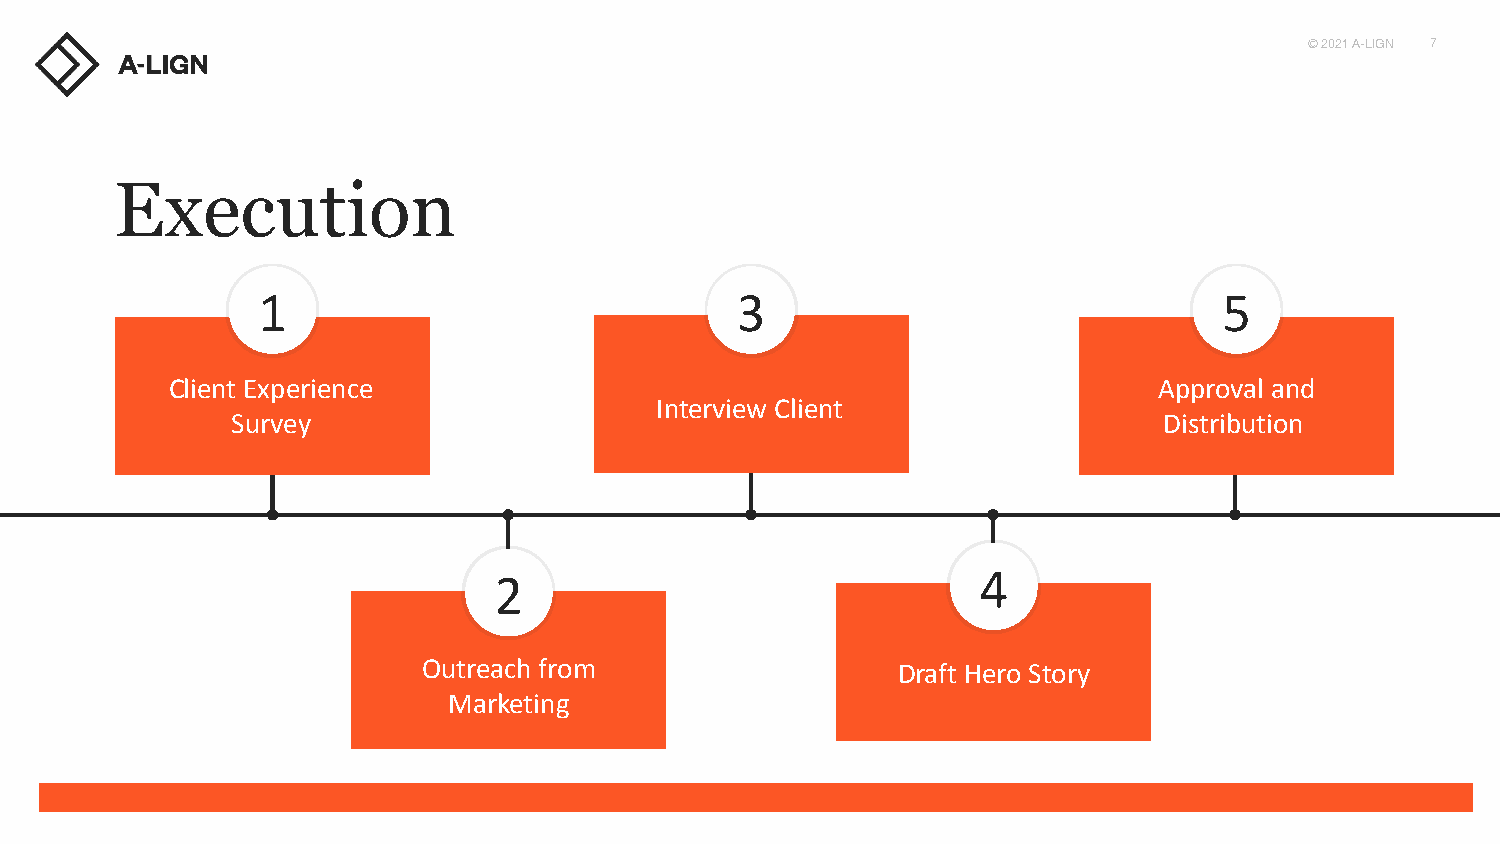
© 2021 A-LIGN 7
 Execution
 1                               3                               5
 Client Experience                                                 Approval and
 Interview Client
 Survey                                                        Distribution
 4
 2
 Outreach from                  Draft Hero Story
 Marketing